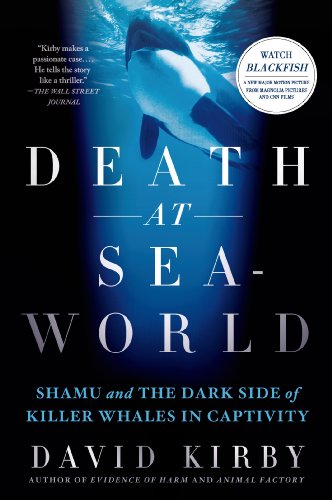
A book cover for Death at SeaWorld: Shamu and the Dark Side of Killer Whales in Captivity; David Kirby; Science & Math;